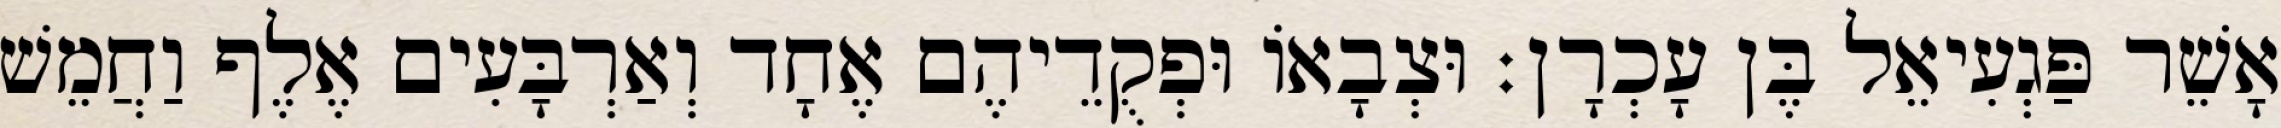
אָשֵׁר פַּגְעִיאֵל בֶּן עָכְרָן׃ וּצְבָאוֹ וּפְקֻדֵיהֶם אֶחָד וְאַרְבָּעִים אֶלֶף וַחֲמֵשׁ